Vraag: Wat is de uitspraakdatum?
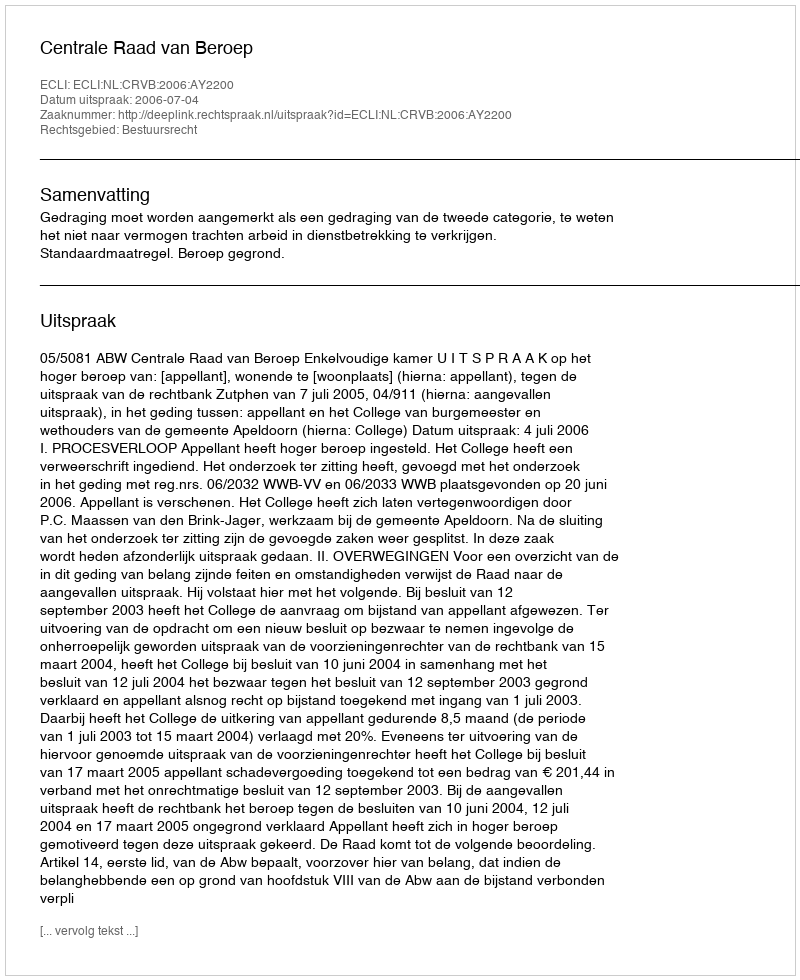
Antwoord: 2006-07-04